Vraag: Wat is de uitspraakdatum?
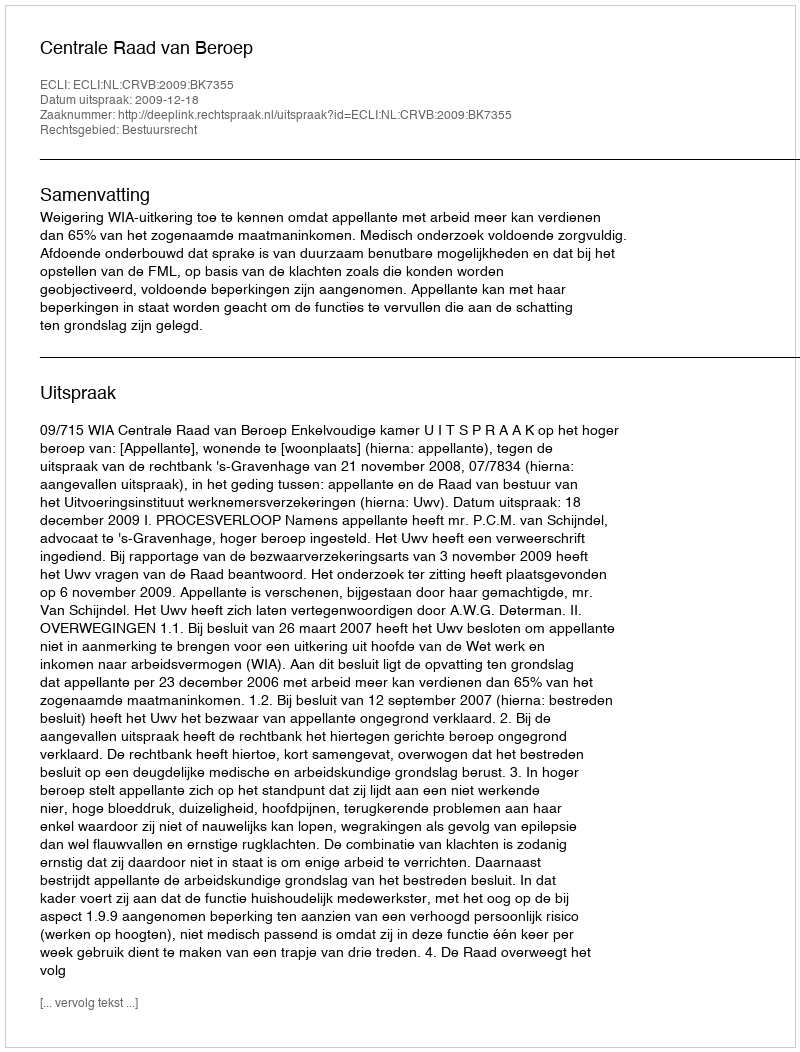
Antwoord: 2009-12-18